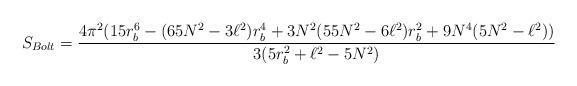
LaTeX: \begin{align*}S_{Bolt}=\frac{4\pi ^{2}(15r_{b}^{6} - (65N^{2}-3\ell^{2})r_{b}^{4} +3N^{2}(55N^{2}- 6\ell^{2})r_{b}^{2} + 9N^{4}(5N^{2} - \ell^{2})) }{3(5r_{b}^{2} + \ell^{2} - 5N^{2})} \end{align*}